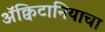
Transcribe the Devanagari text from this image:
ॲक्विटानियाचा